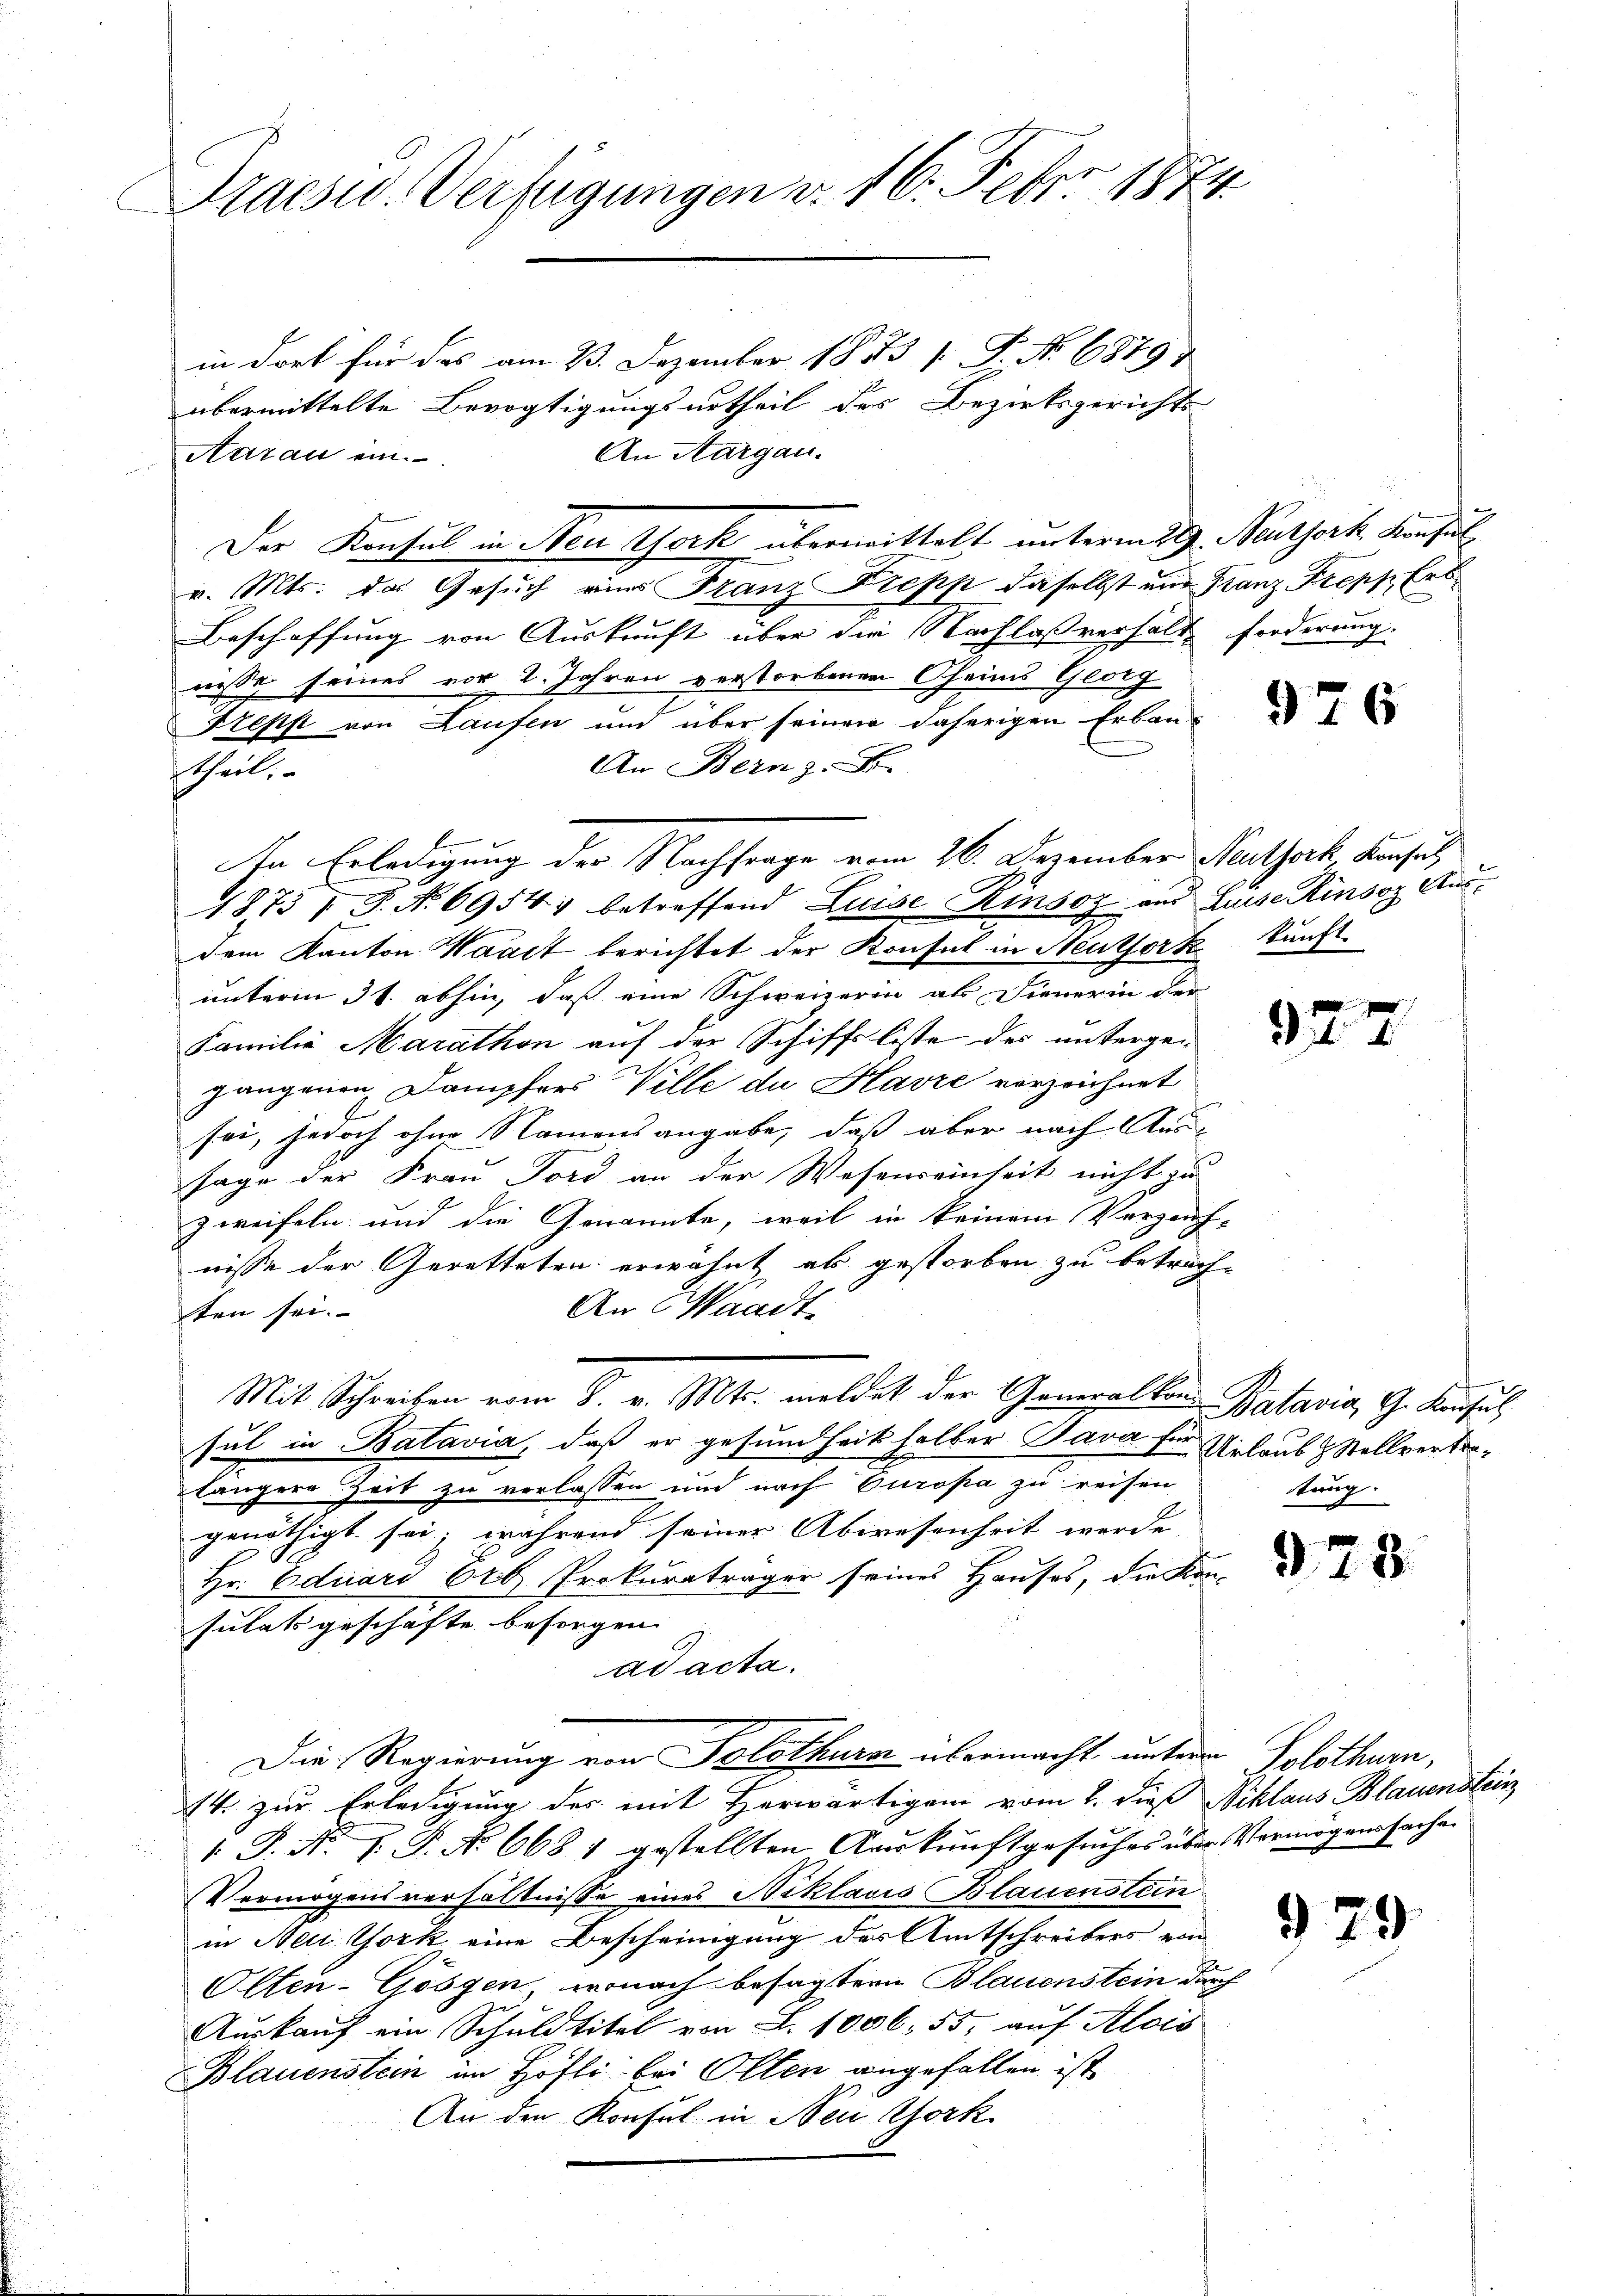
Praesid. Verfügungen v. 16. Febr. 1874.
in dort für das am 23. Dezember 1883 (: P. No 68797
übermittelte Bevogtigungsurtheil des Bezirksgerichts-
An Aargau.
Aarau ein.

theil.

v. Mts. das Gesuch eins Franz Diepp daselbst und Franz Tropp Ert
Beschaffung von Auskunft über die Nachlaßverhält forderung.
nisse seines vor 2. Jahren verstorbenen Oheim Georg
Trepp von Laufen und über seinen daherigen Erbau-
An Bern z. B.
dem Kanton Waadt berichtet der Konsul in Neutfork kunft
unterm 31. abhin, daß eine Schweizerin als Fienerin der
Familie Maráthon auf der Schiffsliste des untergen
gangenen Dampfers Ville du Havre verzeichnet
sei, jedoch ohne Namensangabe, daß aber nach Aus-
sage der Frau Pord an der Wesenseinheit nicht zu
zweifeln und die Genannte, weil in keinem Verzeich-
nisse der Geretteten erwähnt als gestorben zu betrach¬
An Waadt,
ten sei.
Mit Schreiben vom 8. v. Mts. meldet der Gemeilkon Batavia, G. Konsul
sul in Batavia, daß er gesundheit halber Java für Urlaub & Stellvertrelängere Zeit zu verlassen und nach Europa zu reisen
genöthigt sei; während seiner Abwesenheit werde,
Hr. Eduard 626 Prokuratrager seines Hauses, die Kon-
sulats geschafte besorgen
ad acta.
Die Regierung von Solothurn übermacht unterm Solothurn,
14 zur Erledigung des mit Herwärtigen vom 2. dieß Niklaus Blauenstein
1. P. Nr. J. P. No 668 1 gestellten Auskunftgesuches über Vermögenssachen
Vermögensverhältnisse eines Niklavis Blauenstein
in New York eine Bescheinigung des Amtschreibers von
Olten-Gossen, wonach besagter Blauenstein durch
Auskauf ein Schuldtitel von L. 1006. 55, auf Alois
Blauenstein im Höfli bei Olten angefallen ist
An den Konsul in New York

Der Konsul in Neu York übermittelt unterm 29. Neuthort Konsul

An Erledigung der Nachfrage vom 26. Dezember Neuthork Konsul
1873 I S. Nr. 69547 betreffend Luise Rinsoz und Luise insoz Aus¬

976

327

978

979

tung.